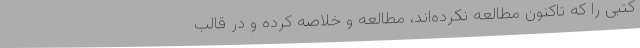
کتبی را که تاکنون مطالعه نکرده‌اند، مطالعه و خلاصه کرده و در قالب